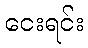
ငေးရင်း